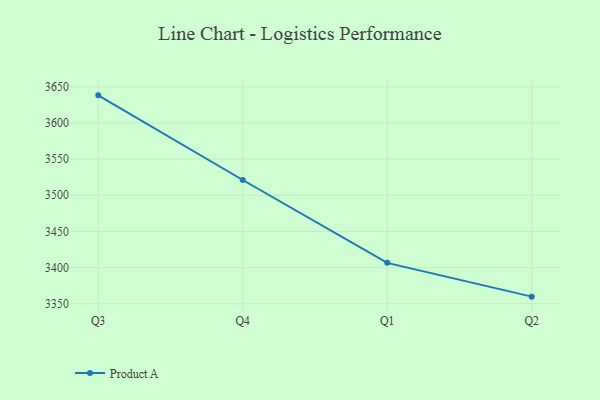
{"axis": {"x": "Quarter", "y": "Conversion Rate (%)"}, "legend": ["Product A"], "data": [{"x": "Q3", "y": 3638.1, "type": "Product A"}, {"x": "Q4", "y": 3521.1, "type": "Product A"}, {"x": "Q1", "y": 3406.6, "type": "Product A"}, {"x": "Q2", "y": 3359.9, "type": "Product A"}]}